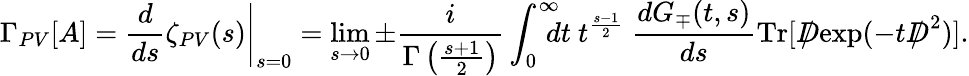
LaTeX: \Gamma_{PV}[A]=\left.\frac{d}{ds}\zeta_{PV}(s)\right|_{s=0}=\operatorname*{lim}_{s\to 0}\pm\frac{i}{\Gamma\left(\frac{s+1}{2}\right)}\int_{0}^{\infty}\! \! \! \! dt~t^{\frac{s-1}{2}}~\frac{dG_{\mp}(t,s)}{ds}\mathrm{Tr}[{D\! \! \! \! /}\exp(-t{D\! \! \! \! /}^{~2})].